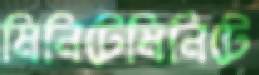
মিনিটেমিনিটে